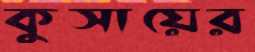
কুসায়ের